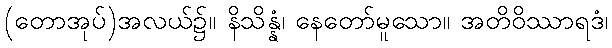
(တောအုပ်)အလယ်၌။ နိသိန္နံ၊ နေတော်မူသော။ အတိဝိဿာရဒံ၊